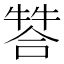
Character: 𤚻